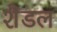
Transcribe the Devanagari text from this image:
शैडल